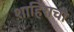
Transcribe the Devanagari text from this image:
शाहिराची